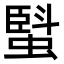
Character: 𧏆